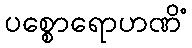
ပစ္စောရောဟဏိံ